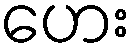
ဟေး